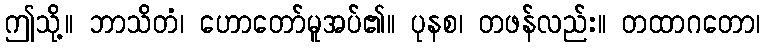
ဤသို့။ ဘာသိတံ၊ ဟောတော်မူအပ်၏။ ပုနစ၊ တဖန်လည်း။ တထာဂတော၊